Medical and sanitary report of the native army of Bengal for the year
Year: 1875
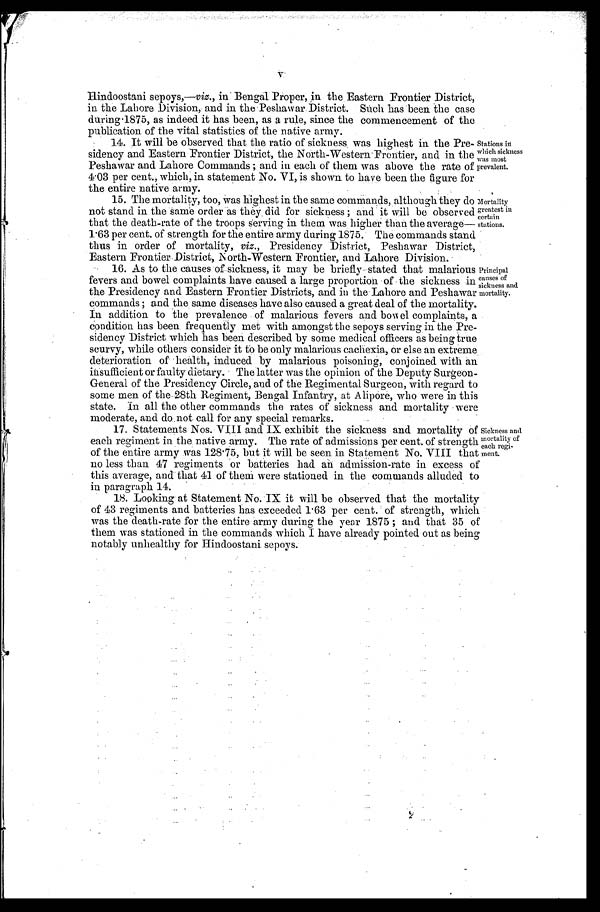
v Hindoostani sepoys,—viz., in Bengal Proper, in the Eastern Frontier District,
in the Lahore Division, and in the Peshawar District. Such has been the case
during 1875, as indeed it has been, as a rule, since the commencement of the
publication of the vital statistics of the native army.
14. It will be observed that the ratio of sickness was highest in the Pre
- s i d e n c y a n d E a s t e r n F r o n t i e r D i s t r i c t , t h e N o r t h - W e s t e r n F r o n t i e r , a n d i n t h e
Peshawar and Lahore Commands; and in each of them was above the rate of
4.03 per cent., which, in statement No. VI, is shown to have been the figure for
the entire native army.
Stations in
which sickness
was most
prevalent.
The mortality, too, was highest in the same commands, although they do
not stand in the same order as they did for sickness; and it will be observed
that the death-rate of the troops serving in them was higher than the average
— 1 . 6 3 p e r c e n t . o f s t r e n g t h f o r t h e e n t i r e a r m y d u r i n g 1 8 7 5 . T h e c o m m a n d s s t a n d
thus in order of mortality, viz., Presidency District, Peshawar District,
Eastern Frontier District, North-Western Frontier, and Lahore Division.
As to the causes of sickness, it may be briefly stated that malarious
fevers and bowel complaints have caused a large proportion of the sickness in
the Presidency and Eastern Frontier Districts, and in the Lahore and Peshawar
commands; and the same diseases have also caused a great deal of the mortality.
In addition to the prevalence of malarious fevers and bowel complaints, a
condition has been frequently met with amongst the sepoys serving in the Pre
-sidency District which has been described by some medical officers as being true
scurvy, while others consider it to be only malarious cachexia, or else an extreme
deterioration of health, induced by malarious poisoning, conjoined with an
insufficient or faulty dietary. The latter was the opinion of the Deputy Surgeon-
General of the Presidency Circle, and of the Regimental Surgeon, with regard to
some men of the 28th Regiment, Bengal Infantry, at Alipore, who were in this
state. In all the other commands the rates of sickness and mortality were
moderate, and do not call for any special remarks.
Mortality
greatest in
certain
stations.
Principal
causes of
sickness and
mortality.
1 7 . S t a t e m e n t s N o s . V I I I a n d I X e x h i b i t t h e s i c k n e s s a n d m o r t a l i t y o f
each regiment in the native army. The rate of admissions per cent. of strength
of the entire army was 128.75, but it will be seen in Statement No. VIII that
no less than 47 regiments or batteries had an admission-rate in excess of
this average, and that 41 of them were stationed in the commands alluded to
in paragraph 14.
18. Looking at Statement No. IX it will be observed that the mortality
of 43 regiments and batteries has exceeded 1.63 per cent. of strength, which
was the death-rate for the entire army during the year 1875; and that 35 of
them was stationed in the commands which I have already pointed out as being
notably unhealthy for Hindoostani sepoys.
2
Sickness and
mortality of
each regi
-ment.